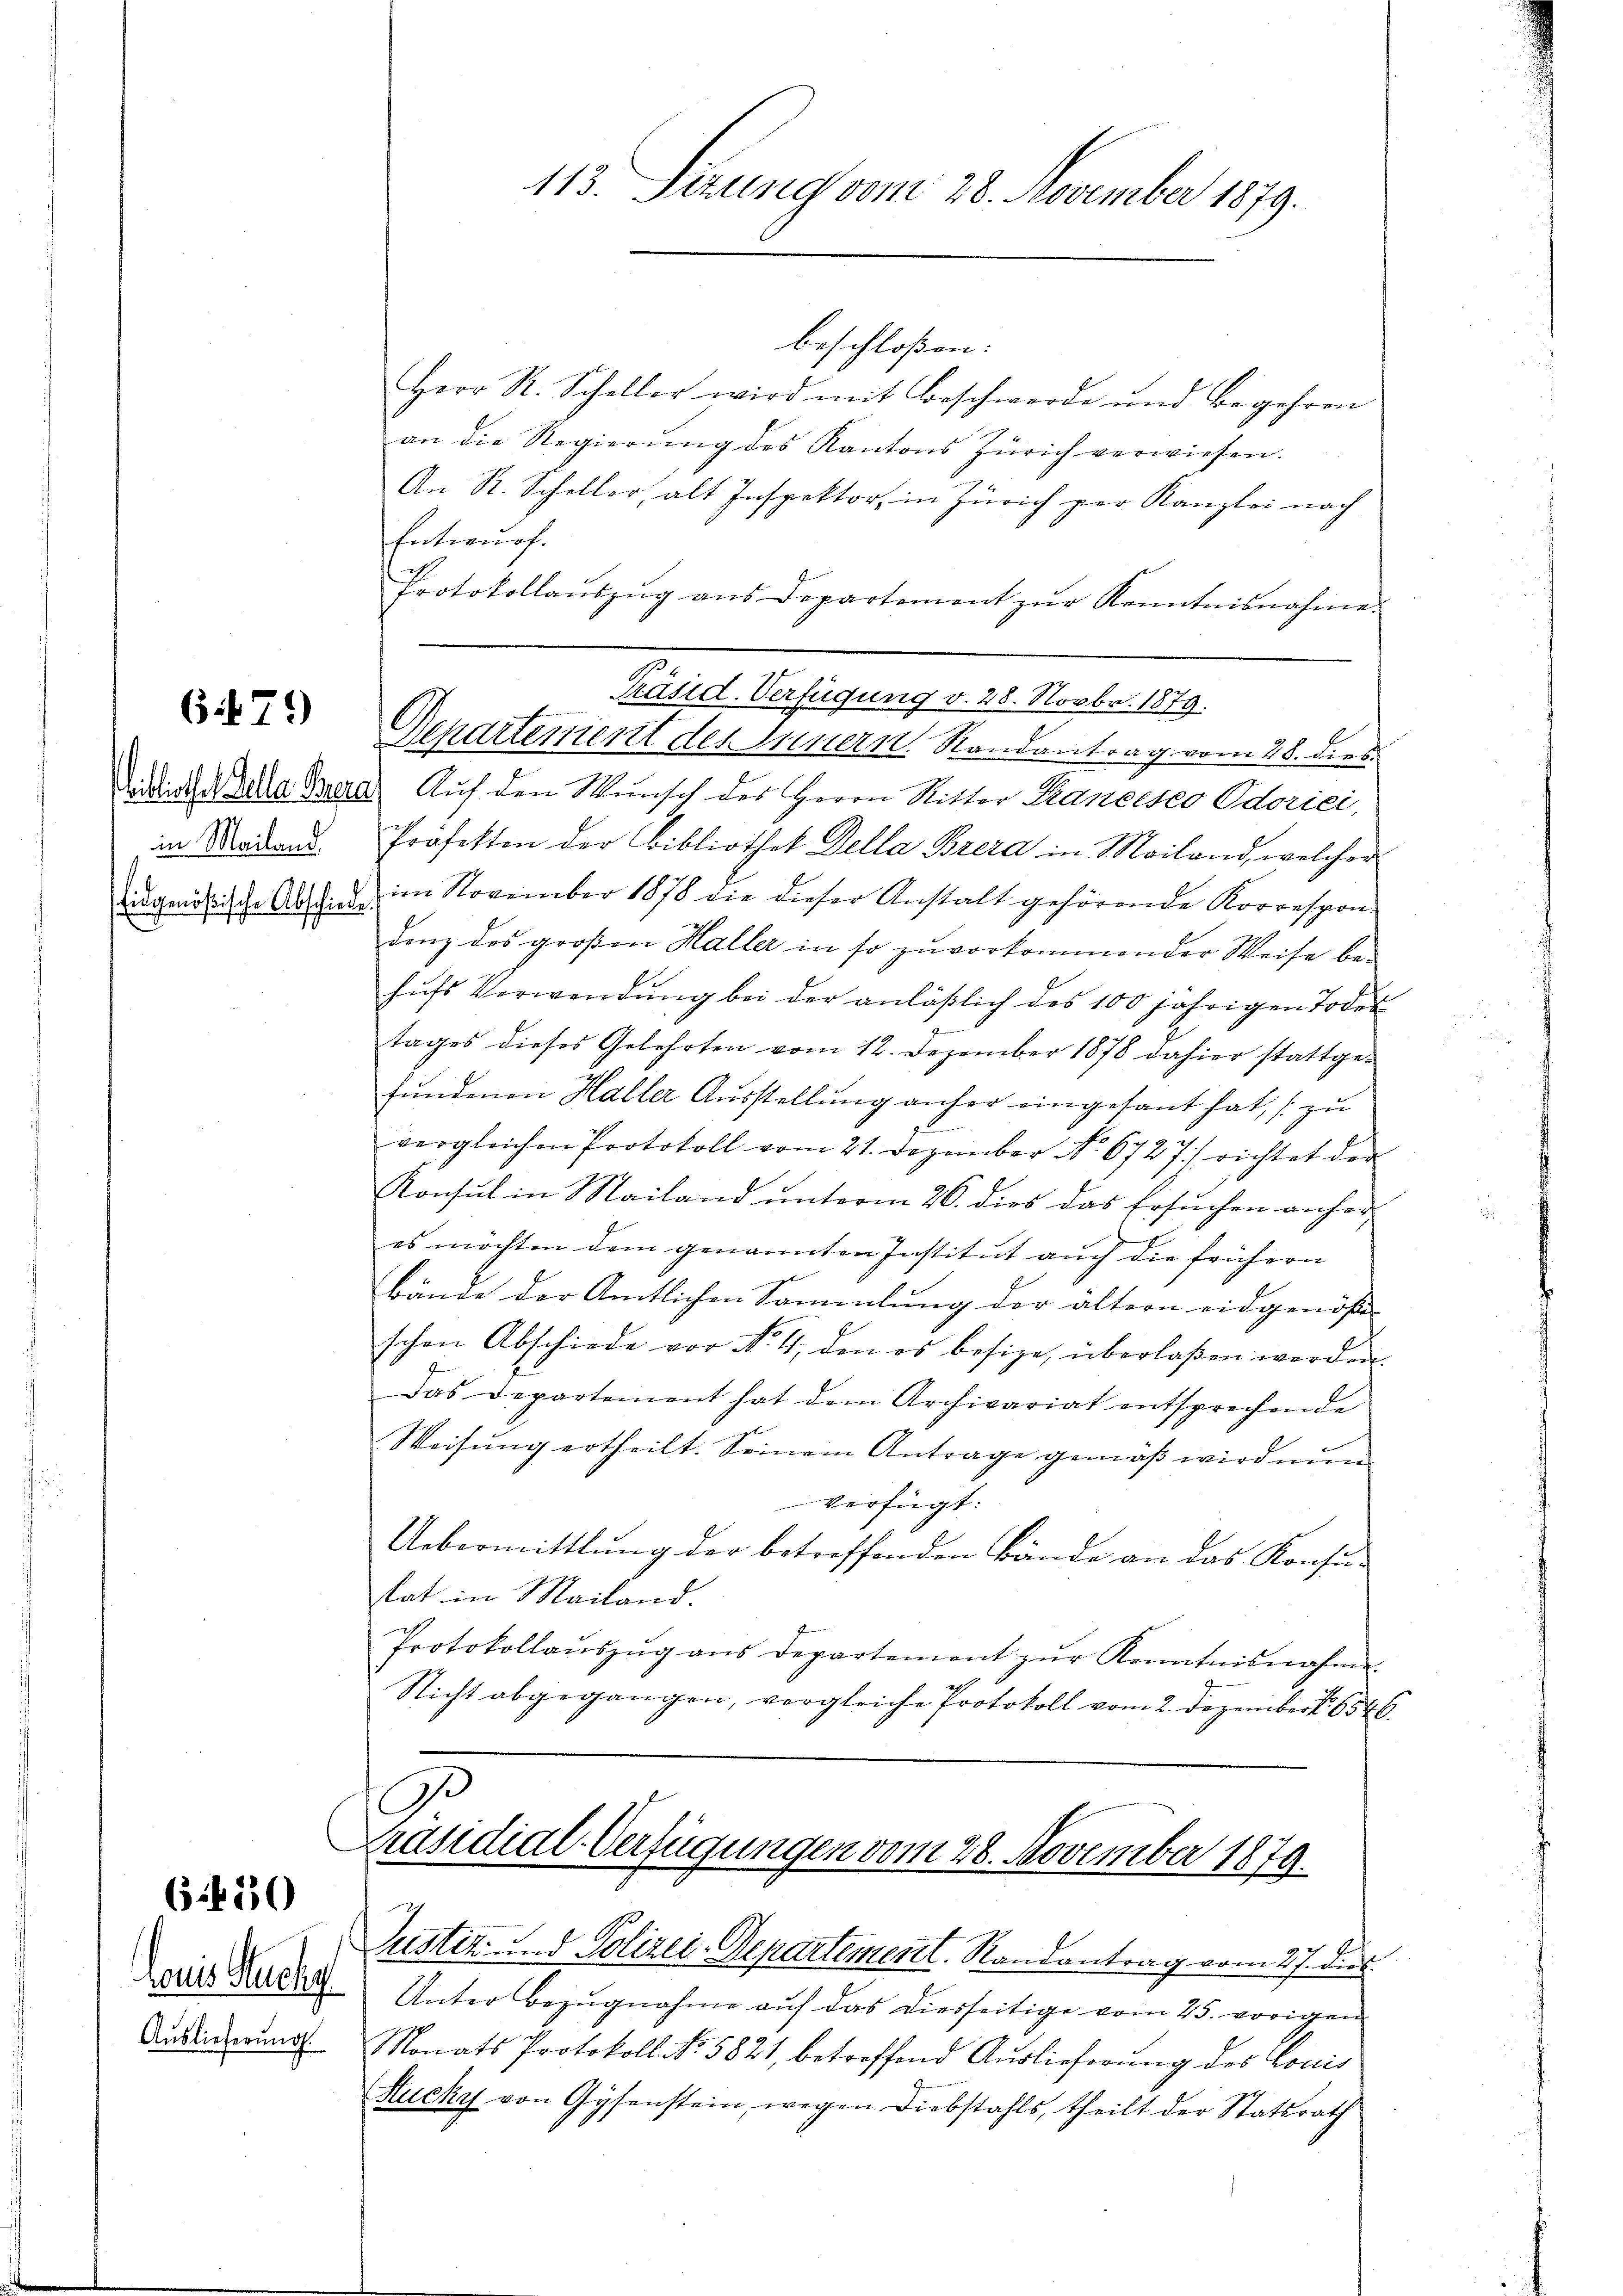
679

bibliothek Gelle Beere
in Mailand
Eidgenößische Abschiede

6450

laus Sache
Auslieferung

113. Sizung vom 28. November 1879.

Protokollaŭszŭg ans Departement zŭr Kenntnisnahme.

beschloßen:
Herr R. Scheller wird mit Beschwerde und Begehren
an die Regierŭng des Kantons Zürich verwiesen.
An R. Scheller, alt Inspektor, in Zürich per Kanzlei nach
Entwurf.
Präsid. Verfügung v. 28. Novbr. 1879.
Departement des Wintern. Randantrag vom 28. dies
" Auf den Wunsch des Herrn Ritter Francesco Odorici,
Präfekten der Bibliothek Della Brera in Mailand, welcher
im November 1878 die dieser Anstalt gehörende Korrespon-
denz des großen Haller in so zuvorkommender Weise behufs Verwendung bei der anläßlich des 100 jährigen Todestages dieses Gelehrten vom 12. Dezember 1878 dahier stattgefundenen Haller Ausstellung anher eingesant hat, s zu
vergleichen Protokoll vom 21. Dezember No. 6727/ richtet der
Konsul in Mailand unterm 26. dies das Ersuchen anheres möchten dem genannten Institut auch die frühern
bänge der Amtlichen Sammlung der ältern eidgenös-
schen Abschiede vor No. 4, den es besize, überlaßen werden.
Das Departement hat dem Archivariat entsprechende
Weisung ertheilt. Seinem Antrage gemäβ wird nun
verfügt:
Uebermittlung der betreffenden Bände an das Konsutat in Mailand.
Protokollaŭszŭg ans Departement zŭr Kenntnisnahme
Nicht abgegangen, vergleiche Protokoll vom 2. Dezembert. 6546.

G
Präsidial-Verfügungen vom 28. November 1879.

Justiz- und Polizei-Departementl. Randantrag vom 27. dies
Unter Bezŭgnahme auf das diesseitige vom 25. vorigen
Monats Protokoll No. 5821, betreffend Auslieferung des Louis
Hucky von Gysenstein, wegen Diebstahls, theilt der Statsrath